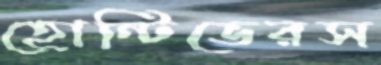
হোন্টিভেরস